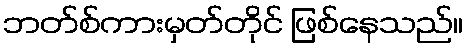
ဘတ်စ်ကားမှတ်တိုင် ဖြစ်နေသည်။